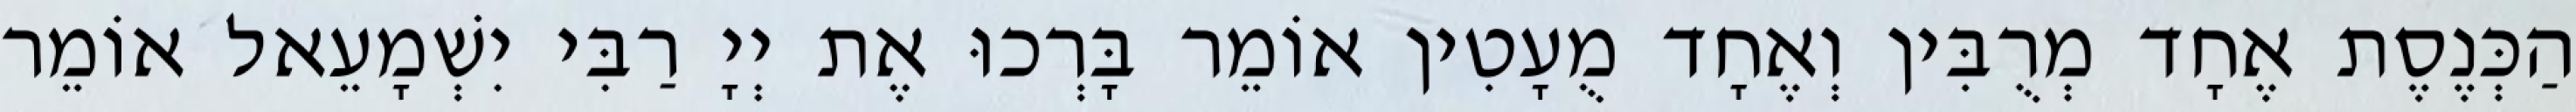
הַכְּנֶסֶת אֶחָד מְרֻבִּין וְאֶחָד מֻעָטִין אוֹמֵר בָּרְכוּ אֶת יְיָ רַבִּי יִשְׁמָעֵאל אוֹמֵר